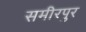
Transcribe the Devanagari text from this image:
समीरपुर